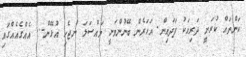
ކަންތައް ކުރަނީ ދަރިއަކު ފަދައިން. އަހަރެން ބޭނުންވަނީ މައްސަލަ ނުޖެހި އުޅޭން... އެއްގެއެއްގައި